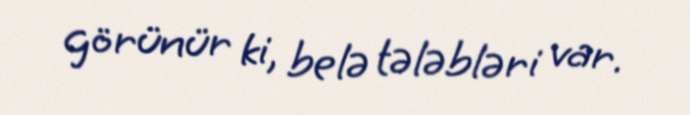
görünür ki, belə tələbləri var.